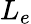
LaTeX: L_{e}